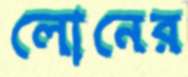
লোনের